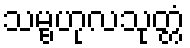
သမ္ဗဟုလသုတ္တံ